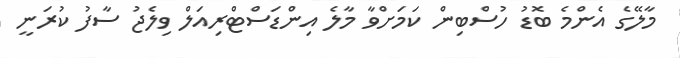
މާލޭގެ އެންމެ ބޮޑު ހުސްބިން ކަމަށްވާ މާލެ އިންޑަސްޓްރިއަލް ވިލެޖު ސާފު ކުރަނީ